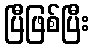
ပြီဖြစ်ပြီး